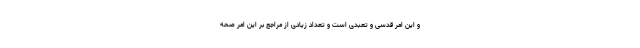
و این امر قدسی و تعبدی است و تعداد زیادی از مراجع بر این امر صحه